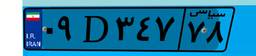
۰۹D۳۴۷۷۸